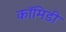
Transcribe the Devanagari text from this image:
कॉमिडी